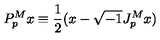
P _ { p } ^ { M } x \equiv \frac { 1 } { 2 } ( x - \sqrt { - 1 } J _ { p } ^ { M } x )